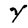
Character: Y